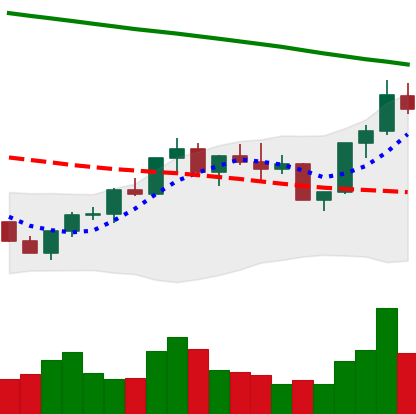
Ticker: BNB-USD
Chart end date: 2022-07-30
Forward return: 8.058%
Label: up_7plus